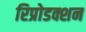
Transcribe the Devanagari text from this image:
रिप्रोडक्शन